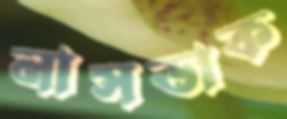
নাসডাক